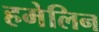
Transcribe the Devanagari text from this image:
हमेलिन